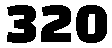
320